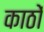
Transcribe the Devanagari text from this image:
काठों